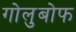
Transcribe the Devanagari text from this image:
गोलुबोफ